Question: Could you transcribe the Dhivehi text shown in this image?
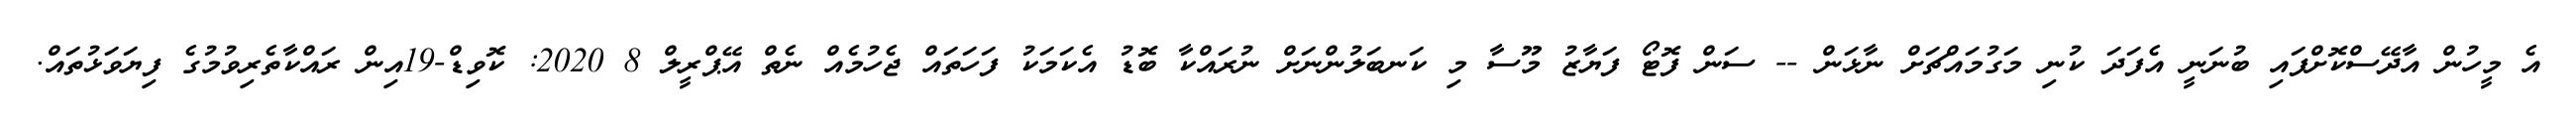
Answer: އެ މީހުން އާދޭސްކޮށްފައި ބުނަނީ އެފަދަ ކުނި މަގުމައްޗަށް ނާޅަން -- ސަން ފޮޓޯ ފަޔާޒު މޫސާ މި ކަނބަލުންނަށް ނުރައްކާ ބޮޑު އެކަމަކު ފަހަތައް ޖެހުމެއް ނެތް އޭޕްރީލް 8 2020: ކޮވިޑް-19އިން ރައްކާތެރިވުމުގެ ފިޔަވަޅުތައް.